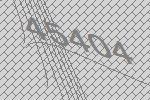
45404